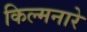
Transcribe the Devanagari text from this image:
किल्मनारे